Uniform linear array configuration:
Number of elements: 32
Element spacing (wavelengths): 0.75
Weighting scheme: hamming
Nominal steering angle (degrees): -60
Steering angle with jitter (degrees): -60.483
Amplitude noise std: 0.05
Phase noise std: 0.05

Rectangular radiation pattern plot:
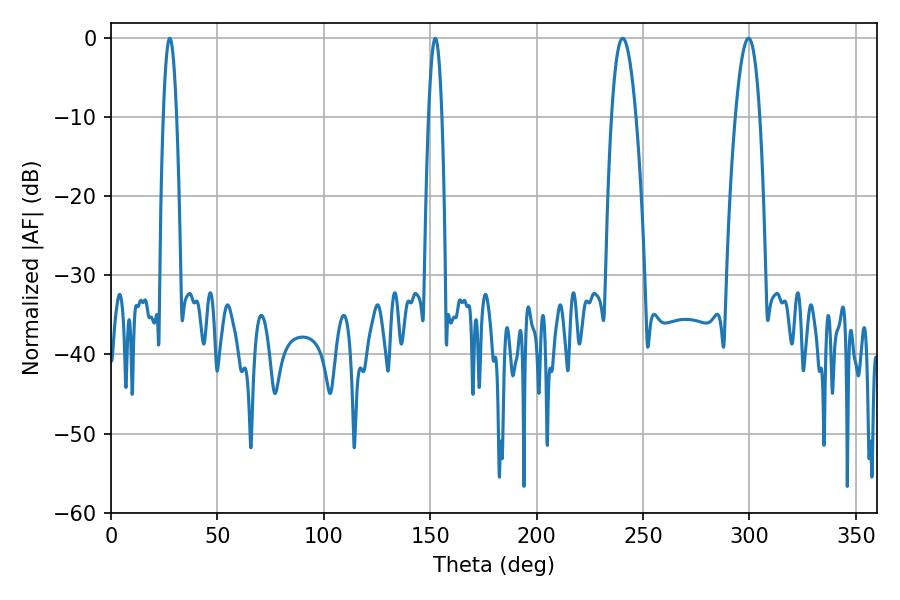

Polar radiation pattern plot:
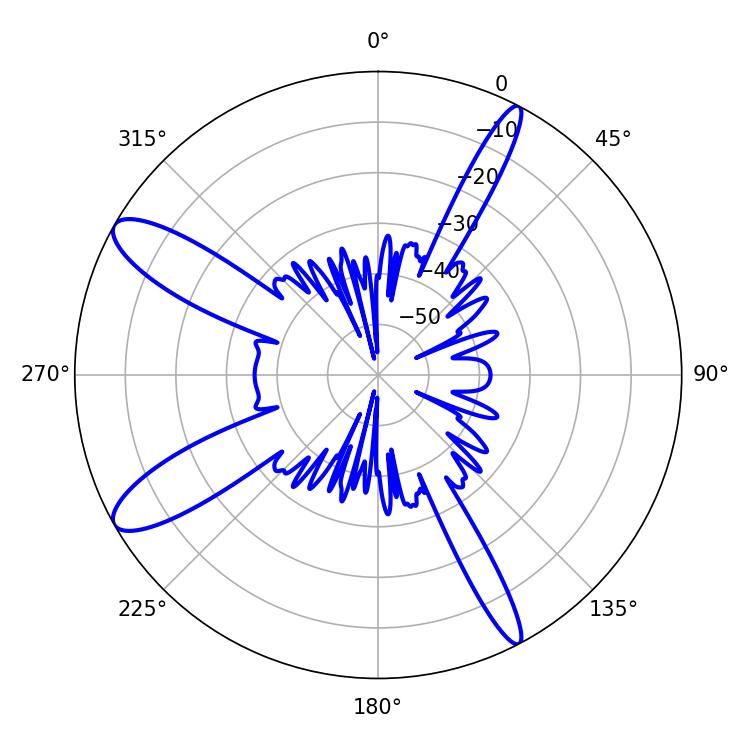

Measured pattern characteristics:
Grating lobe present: TRUE
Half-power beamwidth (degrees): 6.3
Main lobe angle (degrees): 240.48